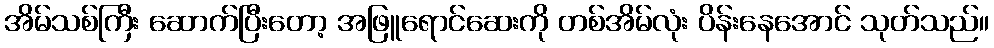
အိမ်သစ်ကြီး ဆောက်ပြီးတော့ အဖြူရောင်ဆေးကို တစ်အိမ်လုံး ပိန်းနေအောင် သုတ်သည်။